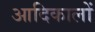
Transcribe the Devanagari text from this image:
आदिकालों